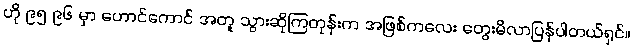
ဟို ၉၅ ၉၆ မှာ ဟောင်ကောင် အတူ သွားဆိုကြတုန်းက အဖြစ်ကလေး တွေးမိလာပြန်ပါတယ်ရှင်။